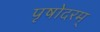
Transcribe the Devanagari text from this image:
पृषोदरम्